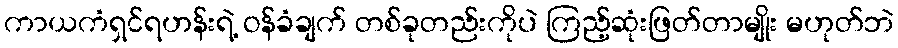
ကာယကံရှင်ရဟန်းရဲ့ ဝန်ခံချက် တစ်ခုတည်းကိုပဲ ကြည့်ဆုံးဖြတ်တာမျိုး မဟုတ်ဘဲ